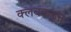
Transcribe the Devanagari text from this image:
क्‍लबकडून